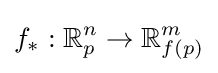
f_{*}:\mathbb {R} _{p}^{n}\to \mathbb {R} _{f(p)}^{m}